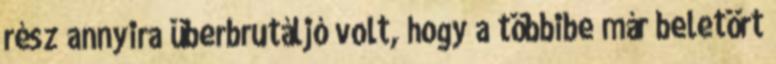
rész annyira überbrutáljó volt, hogy a többibe már beletört